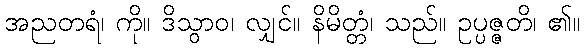
အညတရံ၊ ကို။ ဒိသွာဝ၊ လျှင်။ နိမိတ္တံ၊ သည်။ ဥပ္ပဇ္ဇတိ၊ ၏။